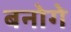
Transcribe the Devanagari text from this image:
बनोगे